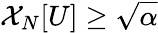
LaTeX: \mathcal{X}_{N}[U]\ge\sqrt{\alpha}